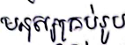
មនុស្សគ្រប់រូប